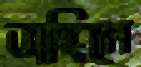
ভাঙ্গিলে